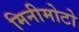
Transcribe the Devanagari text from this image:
मिनीमोटो